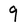
Character: 9